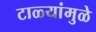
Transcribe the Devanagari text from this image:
टाळ्यांमुळे